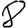
Digit: 8